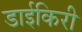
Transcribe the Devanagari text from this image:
डाईकिरी